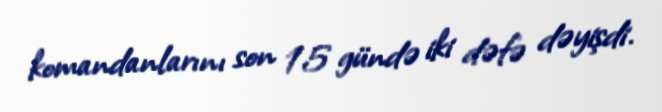
komandanlarını son 15 gündə iki dəfə dəyişdi.